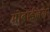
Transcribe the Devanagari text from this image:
मोबाईलला